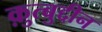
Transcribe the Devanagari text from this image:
क़ुत्बुद्दीन